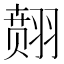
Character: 𱻞